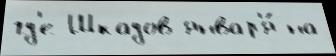
гд'е Шкадов январ'я́ на